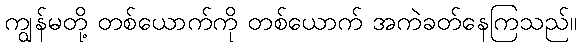
ကျွန်မတို့ တစ်ယောက်ကို တစ်ယောက် အကဲခတ်နေကြသည်။